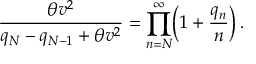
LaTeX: \displaystyle { \frac { \theta v ^ { 2 } } { q _ { N } - q _ { N - 1 } + \theta v ^ { 2 } } = \prod _ { n = N } ^ { \infty } \Bigl ( 1 + \frac { q _ { n } } { n } \Bigr ) } \, .